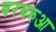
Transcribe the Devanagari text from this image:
बरबरुआ